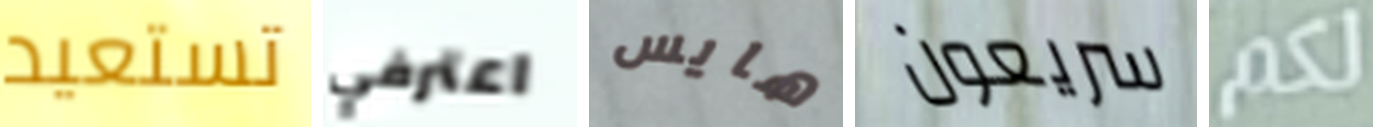
تستعيد اعترفي هايس سريعون لكم